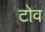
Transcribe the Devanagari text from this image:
टोव